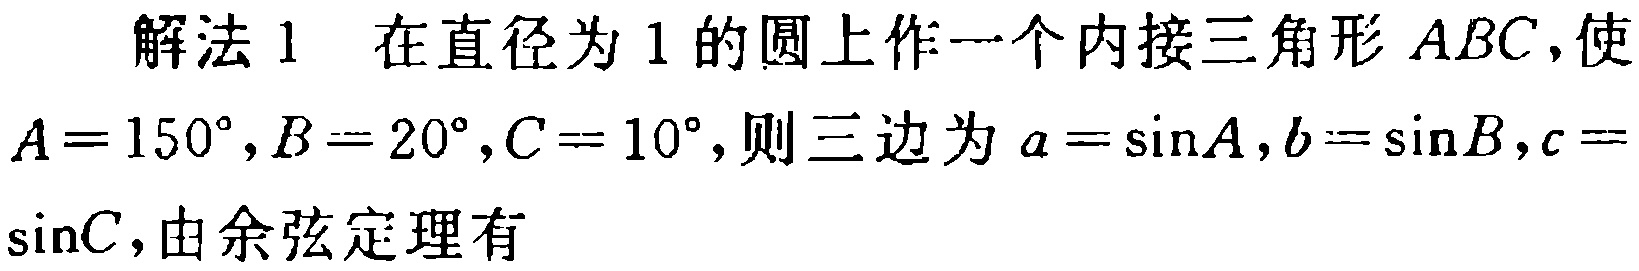
解法1 在直径为1的圆上作一个内接三角形 \(ABC\)，使 \(A = 150^{\circ},B = 20^{\circ},C = 10^{\circ}\)，则三边为 \(a=\sin A,b = \sin B,c=\) \(\sin C\)，由余弦定理有